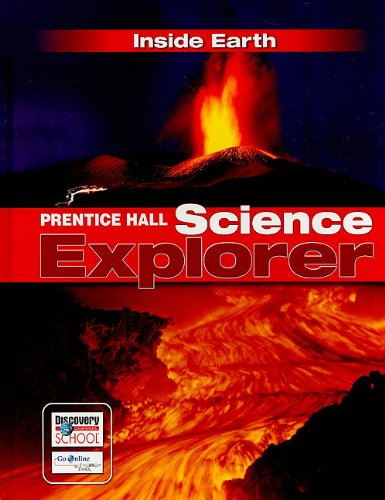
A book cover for PRENTICE HALL SCIENCE EXPLORER INSIDE EARTH STUDENT EDITION THIRD       EDITION 2005; PRENTICE HALL; Science & Math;